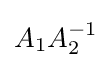
A_{1}A_{2}^{-1}